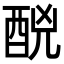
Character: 䣴